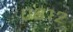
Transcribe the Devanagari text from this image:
०६१२